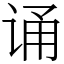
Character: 诵